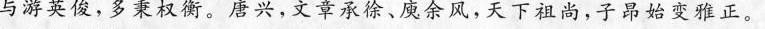
与游英俊，多秉权衡。唐兴，文章承徐、庾余风，天下祖尚，子昂始变雅正。